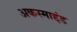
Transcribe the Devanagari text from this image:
अकस्माद्दंड